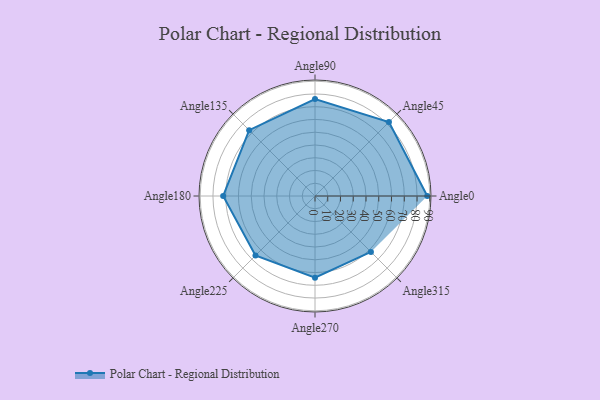
{"axis": {"x": "Angle", "y": "Radius"}, "legend": [""], "data": [{"x": "Angle0", "y": 88.0, "type": ""}, {"x": "Angle45", "y": 82.0, "type": ""}, {"x": "Angle90", "y": 76.0, "type": ""}, {"x": "Angle135", "y": 73.0, "type": ""}, {"x": "Angle180", "y": 72.0, "type": ""}, {"x": "Angle225", "y": 66.0, "type": ""}, {"x": "Angle270", "y": 64.0, "type": ""}, {"x": "Angle315", "y": 62.0, "type": ""}]}